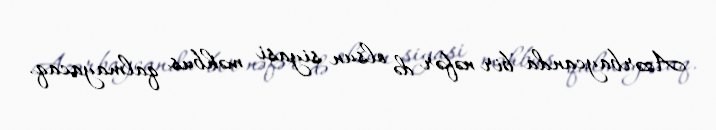
Azərbaycanda bir nəfər də olsun siyasi məhbus qalmayacaq.